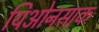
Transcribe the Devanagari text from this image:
यिओनसाक